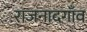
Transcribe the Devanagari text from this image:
राजनादगाँव